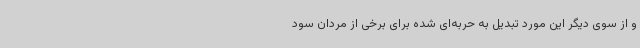
و از سوی دیگر این مورد تبدیل به حربه‌ای شده برای برخی از مردان سود